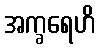
အက္ခရေဟိ